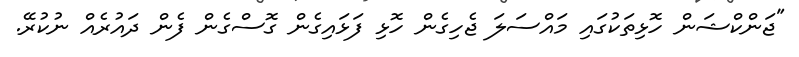
"ޖަންކްޝަން ހޮޅިތަކުގައި މައްސަލަ ޖެހިގެން ހޮޅި ފަޅައިގެން ގޮސްގެން ފެން ދައުރެއް ނުކުރޭ.